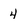
Character: 4